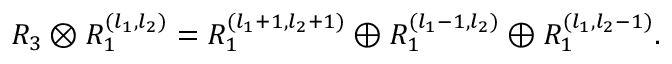
R _ { 3 } \otimes R _ { 1 } ^ { ( l _ { 1 } , l _ { 2 } ) } = R _ { 1 } ^ { ( l _ { 1 } + 1 , l _ { 2 } + 1 ) } \oplus R _ { 1 } ^ { ( l _ { 1 } - 1 , l _ { 2 } ) } \oplus R _ { 1 } ^ { ( l _ { 1 } , l _ { 2 } - 1 ) } .